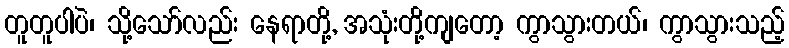
တူတူပါပဲ၊ သို့သော်လည်း နေရာတို့, အသုံးတို့ကျတော့ ကွာသွားတယ်၊ ကွာသွားသည့်